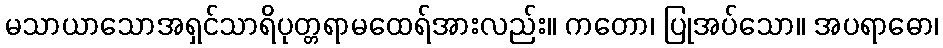
မသာယာသောအရှင်သာရိပုတ္တရာမထေရ်အားလည်း။ ကတော၊ ပြုအပ်သော။ အပရာဓော၊